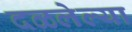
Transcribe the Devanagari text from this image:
दळलेल्या